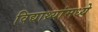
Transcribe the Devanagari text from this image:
विद्याथ्र्यांमध्ये